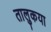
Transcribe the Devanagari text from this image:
तालुकया